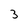
Character: 3